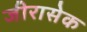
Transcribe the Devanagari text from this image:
जीरासेक